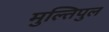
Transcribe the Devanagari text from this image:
मुल्तिपुल